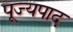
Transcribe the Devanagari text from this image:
पूज्‍यपाद